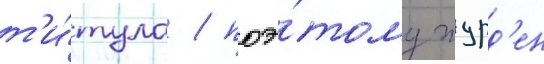
т'и́тула / поэ́тому журд'ен